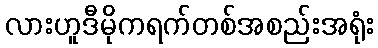
လားဟူဒီမိုကရက်တစ်အစည်းအရုံး